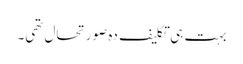
بہت ہی تکلیف دہ صورتحال تھی۔